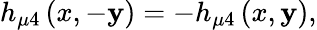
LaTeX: h_{\mu4}\left(x,-\mathbf{y}\right)=-h_{\mu4}\left(x,\mathbf{y}\right),